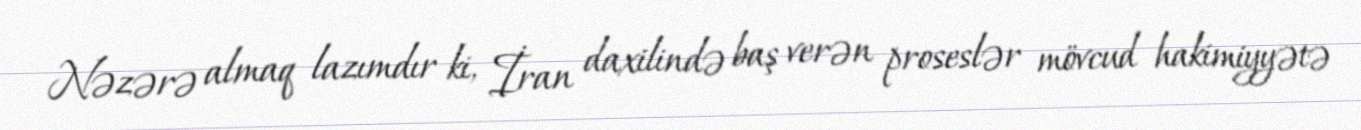
Nəzərə almaq lazımdır ki, İran daxilində baş verən proseslər mövcud hakimiyyətə